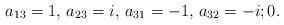
LaTeX: \begin{align*}a_{13}=1,\, a_{23}=i,\,a_{31}=-1,\, a_{32}=-i; 0.\end{align*}